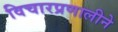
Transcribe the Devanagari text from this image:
विचारप्रणालीने